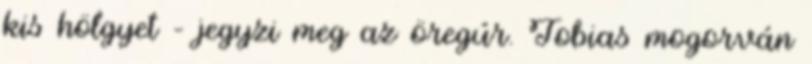
kis hölgyet – jegyzi meg az öregúr. Tobias mogorván